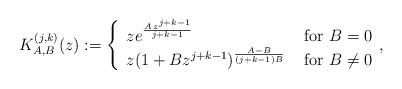
LaTeX: \begin{align*}\displaystyle K^{(j,k)}_{A,B}(z):=\left \{\begin{array}{ll}ze^{\frac{A\,z^{j+k-1}}{j+k-1}} & \mbox{ for } B=0\\z(1+Bz^{j+k-1})^{\frac{A-B}{(j+k-1)B}} & \mbox{ for } B\neq 0 \end{array}, \right.\end{align*}